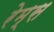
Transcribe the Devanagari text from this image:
रेम्स